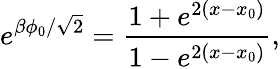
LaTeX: e^{\beta\phi_{0}/\sqrt{2}}=\frac{1+e^{2(x-x_{0})}}{1-e^{2(x-x_{0})}},